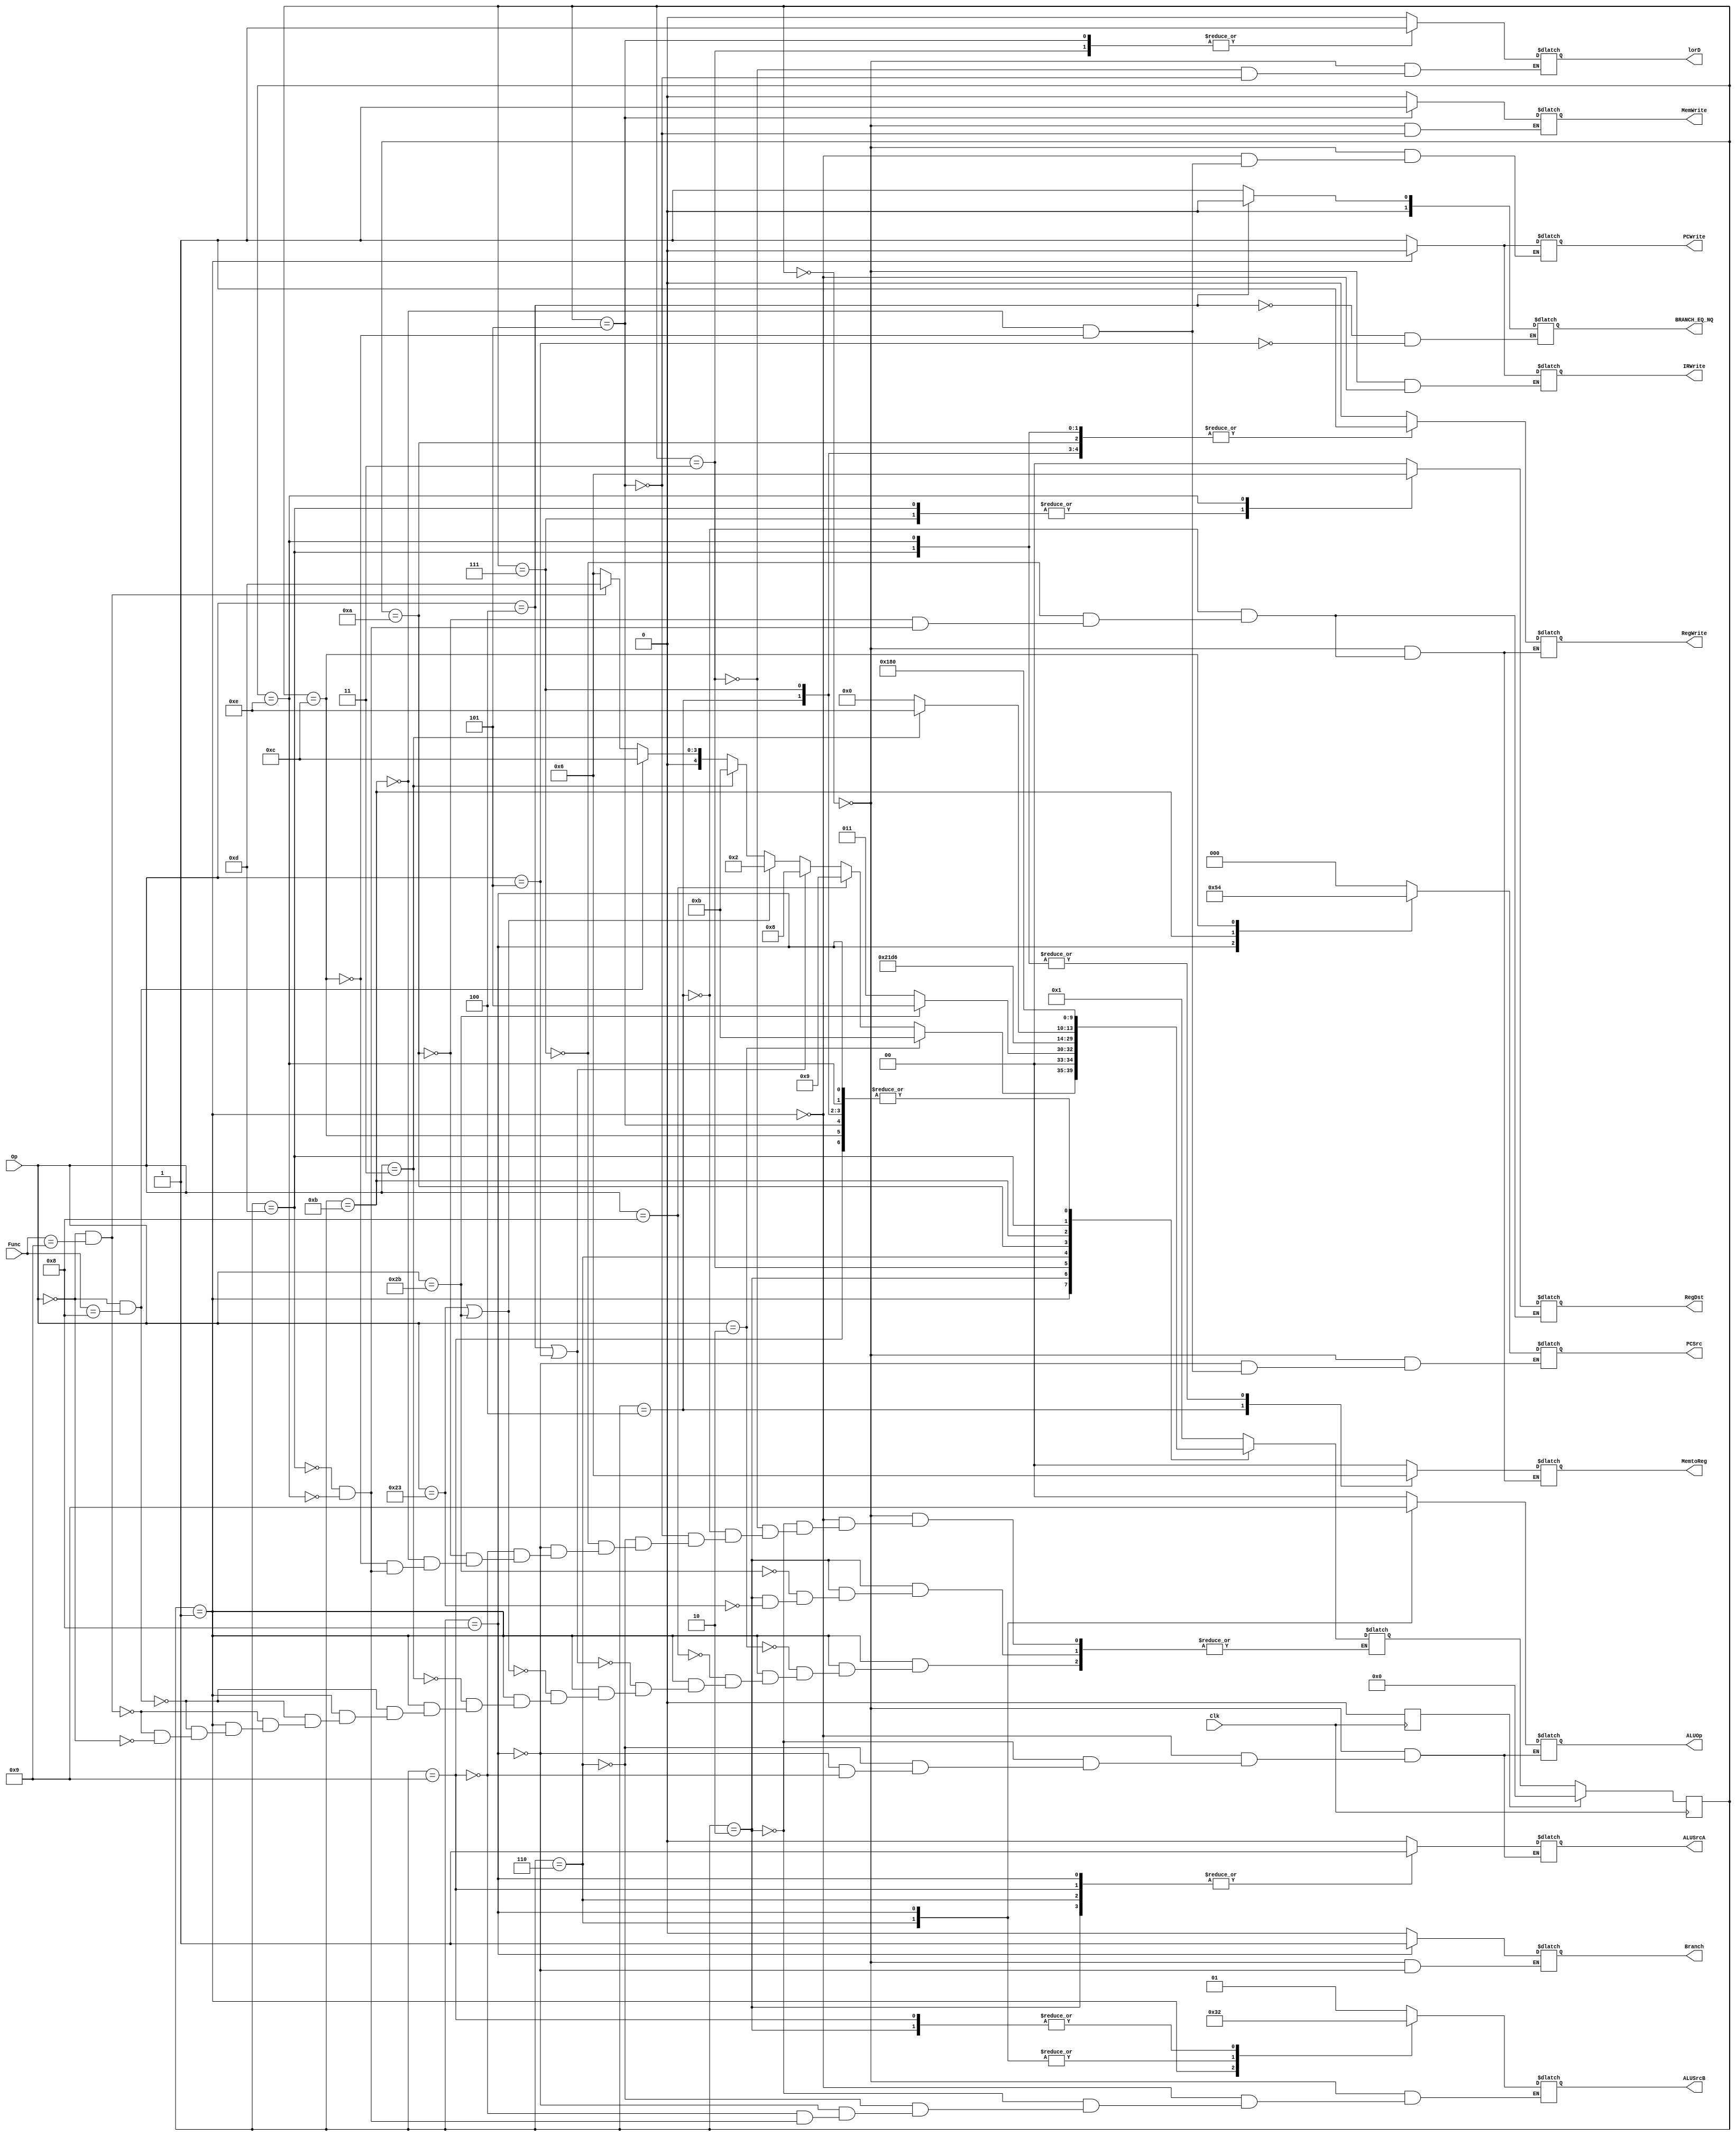
`timescale 1ns / 1ps
//////////////////////////////////////////////////////////////////////////////////
// Company: 
// Engineer: 
// 
// Design Name: 
// Module Name:    Controller 
// Project Name: 
// Target Devices: 
// Tool versions: 
// Description: 
//
// Dependencies: 
//
// Revision: 
// Revision 0.01 - File Created
// Additional Comments: 
//
//////////////////////////////////////////////////////////////////////////////////
module Controller(Clk, Op,Func, PCWrite,
 lorD, MemWrite,  MemtoReg, IRWrite, PCSrc, ALUOp, ALUSrcB, ALUSrcA, RegWrite, RegDst, Branch,BRANCH_EQ_NQ
    );

 input [5:0] Op,Func;
 input Clk;
 output [1:0] ALUOp, ALUSrcB , MemtoReg , RegDst;
 output  PCWrite, lorD, MemWrite,  IRWrite,  ALUSrcA, RegWrite,Branch;
 reg [1:0] ALUOp, ALUSrcB,MemtoReg, RegDst;
 output reg[2:0] PCSrc;
 reg  PCWrite, lorD, MemRead, MemWrite,  IRWrite,  ALUSrcA, RegWrite,Branch;
 reg [4:0] state =0, nextstate; 
 output reg[1:0] BRANCH_EQ_NQ;
 always@(Op)begin
   #200
	if(Op==6'b000100)begin //beq
	BRANCH_EQ_NQ <=0;
	end
	
	else if(Op==6'b000101)begin //bnq
	BRANCH_EQ_NQ <=1;
	end
	end
 parameter S0 = 0;
 parameter S1 = 1;
 parameter S2 = 2;
 parameter S3 = 3;
 parameter S4 = 4;
 parameter S5 = 5;
 parameter S6 = 6;
 parameter S7 = 7;
 parameter S8 = 8;
 parameter S9 = 9;
 parameter S10 = 10;
 parameter S11 = 11;
 parameter S12 = 12;
 parameter S13 = 13;
 parameter S14 = 14;
reg flag=1;
 always@(posedge Clk) begin
	if(flag==1)begin
	state=0;
	flag=0;
	end
	else begin
  state=nextstate;
  end
end     
always @(state , Op ) begin
	  case(state)
		 S0: begin
		 
			ALUSrcA=1'b0;
			lorD= 1'b0;
			IRWrite=1'b1;
			ALUSrcB=2'b01;
			ALUOp= 2'b00;
			PCWrite=1'b1;
			PCSrc=0;
			nextstate=S1;
			MemWrite = 1'b0;
			#10 RegWrite = 1 'b0;
			MemtoReg = 0;
			Branch = 1 'b0; 
			
		 end
		 
		 S1: begin
			ALUSrcA = 1'b0;
			ALUSrcB = 2'b11;
			ALUOp = 2'b00;
			IRWrite = 1'b0;
			PCWrite = 1'b0;
			if(Op == 6 'b000000 && Func == 6'b001000)//JR
				begin
					nextstate = S12;
				end
			else if(Op ==6 'b000000 && Func == 6'b001001)//JALR
				begin
					nextstate = S13;	
				end
			else if(Op == 6 'b000000)//Rtype
				begin
					nextstate = S6;
				end
		 if(Op == 6'b000011)//JAL
			begin
				nextstate = S11;
			end
		 if(Op == 6 'b100011 || Op == 6'b101011)//Lw or Sw
			begin
			  nextstate = S2;
			end
		 if(Op == 6 'b000100  || Op == 6 'b000101 )//Beq or bnq
			begin
			  nextstate = S8;
			end
		 if(Op == 6 'b001000)//Addi
			begin
			  nextstate = S9;
			end
		 
		 if(Op == 6 'b000010)//J
			begin
			  nextstate = S11;
			end
		 end 
		 S2: begin
			ALUSrcA=1'b1;
			ALUSrcB=2'b10;
			ALUOp= 2'b00;
	 
		 if(Op==6'b100011) begin  //if lw 
			nextstate=S3;
			end                            
		 if(Op==6'b101011) begin  // if SW instruction
			nextstate=S5; 
		 end   
			
		 end
		S3: begin
			lorD= 1'b1;
			nextstate=S4;
		 
			
		 end
		S4: begin
			nextstate=S0;
			RegWrite = 1'b1;
			MemtoReg= 1;
			RegDst= 0;
			
		 end
		S5: begin
			lorD= 1'b1;
			nextstate=S0;
			MemWrite=1'b1; 
			
		 end
		S6: begin
			ALUSrcA=1'b1;
			ALUSrcB=2'b00;
			ALUOp= 2'b10;
			nextstate=S7;
			
		 end
		S7: begin
			nextstate=S0;
			RegWrite = 1'b1;
			MemtoReg=0;
			RegDst= 1;
			
		 end
		S8: begin
			ALUSrcA=1'b1;
			ALUSrcB=2'b00;
			ALUOp= 2'b01;
			PCSrc=1;
			nextstate=S0;
			Branch=1'b1;
			
		 end
		S9: begin
			ALUSrcA=1'b1;
			ALUSrcB=2'b10;
			ALUOp= 2'b00;
			nextstate=S0;
			
		 end
		S10: begin
			nextstate=S11;
			RegWrite = 1'b1; 
			MemtoReg= 0;
			RegDst= 0;
			
		 end 
		S11: begin
			PCWrite=1'b1;
			PCSrc=2;
			if(Op == 6'b000011) //JAL
				begin
					nextstate=S14;
				end
			else
			nextstate=S0;
			
		 end
		S12: begin
			PCWrite=1'b1;
			PCSrc=4;
			nextstate=S0;
			
		 end
		S13: begin    //reg[31]=pc
			ALUSrcB=2'b01;
			RegWrite = 1'b1;
			RegDst = 1;
			MemtoReg = 2;
			nextstate = S12;
			
		 end
		 	S14: begin    //reg[31]=pc
			ALUSrcB=2'b01;
			RegWrite = 1'b1;
			RegDst = 2;
			MemtoReg = 2;
			nextstate = S0;
			
		 end
		 
		 
		 endcase
  	end
  
  
endmodule